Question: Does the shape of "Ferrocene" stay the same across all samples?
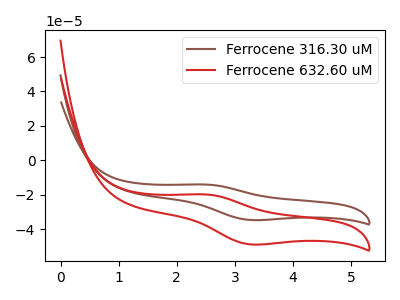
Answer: <think>The brown curve "Ferrocene 316.30 uM" has an anodic peak at (2.50V, -14.10uA) and a cathodic peak at (3.25V, -34.75uA). The red curve "Ferrocene 632.60 uM" has an anodic peak at (2.50V, -19.85uA) and a cathodic peak at (3.25V, -48.90uA).
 All the peaks in "Ferrocene 316.30 uM" have a peak in "Ferrocene 632.60 uM" at the same potential.</think>
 <answer>All the CV's of "Ferrocene" have similar shape.</answer>
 <eval>follow_rule</eval>